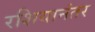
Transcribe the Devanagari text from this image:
रशियानंतर